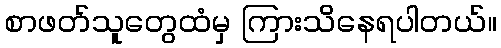
စာဖတ်သူတွေထံမှ ကြားသိနေရပါတယ်။